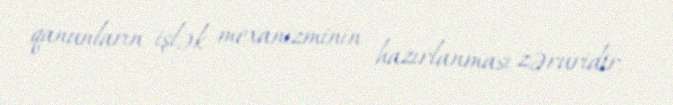
qanunların işlək mexanizminin hazırlanması zəruridir.